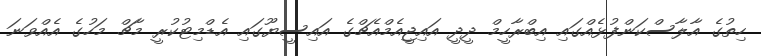
ހިތުގެ އާލާސްކަންފުޅެއްގައި އިބްރާހީމް ދީދީ އައިޖީއެމްއެޗްގެ އައިސީޔޫގައި އެޑްމިޓުކުރީ މާޗް މަހުގެ އެއްވަނަ